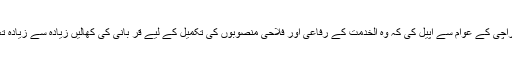
حافظ نعیم الرحمن نے کراچی کے عوام سے اپیل کی کہ وہ الخدمت کے رفاعی اور فلاحی منصوبوں کی تکمیل کے لیے قر بانی کی کھالیں زیادہ سے زیادہ تعداد میں الخدمت کو دیں ۔